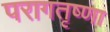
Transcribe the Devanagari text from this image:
परागतृष्णा